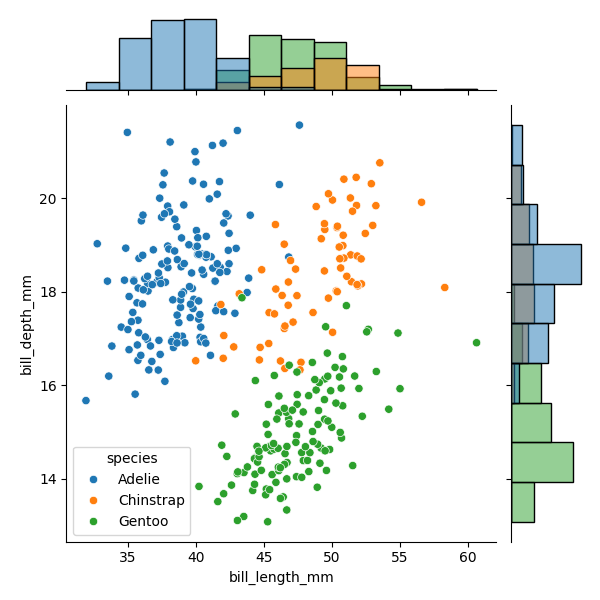
python, seaborn, JointGrid, scatterplot, histplot, hue